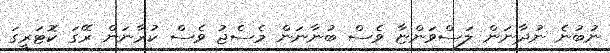
ނުބުނެ ނުދާނަން ލަސްވަންޏާ ވެސް ބުނާނަން މެސެޖު ވެސް ކުރާނަން ރޭގަ ކޮޓަރީގަ